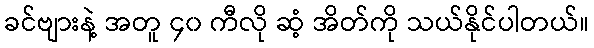
ခင်ဗျားနဲ့ အတူ ၄၀ ကီလို ဆံ့ အိတ်ကို သယ်နိုင်ပါတယ်။